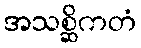
အသစ္ဆိကတံ